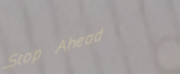
Stop Ahead